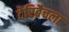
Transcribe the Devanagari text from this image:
टेरिब्रैचला